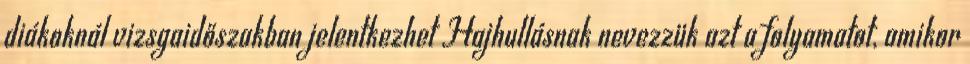
diákoknál vizsgaidőszakban jelentkezhet Hajhullásnak nevezzük azt a folyamatot, amikor